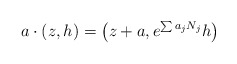
\begin{align*} a \cdot (z, h) = \bigl( z + a, e^{\sum a_j N_j} h \bigr)\end{align*}